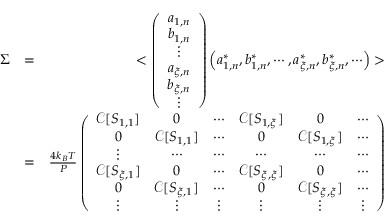
\begin{array} { r l r } { \Sigma } & { = } & { < \left( \begin{array} { c } { a _ { 1 , n } } \\ { b _ { 1 , n } } \\ { \vdots } \\ { a _ { \xi , n } } \\ { b _ { \xi , n } } \\ { \vdots } \end{array} \right) \left( a _ { 1 , n } ^ { * } , b _ { 1 , n } ^ { * } , \cdots , a _ { \xi , n } ^ { * } , b _ { \xi , n } ^ { * } , \cdots \right) > } \\ & { = } & { \frac { 4 k _ { B } T } { P } \left( \begin{array} { c c c c c c } { \mathscr { C } [ S _ { 1 , 1 } ] } & { 0 } & { \cdots } & { \mathscr { C } [ S _ { 1 , \xi } ] } & { 0 } & { \cdots } \\ { 0 } & { \mathscr { C } [ S _ { 1 , 1 } ] } & { \cdots } & { 0 } & { \mathscr { C } [ S _ { 1 , \xi } ] } & { \cdots } \\ { \vdots } & { \cdots } & { \cdots } & { \cdots } & { \cdots } & { \cdots } \\ { \mathscr { C } [ S _ { \xi , 1 } ] } & { 0 } & { \cdots } & { \mathscr { C } [ S _ { \xi , \xi } ] } & { 0 } & { \cdots } \\ { 0 } & { \mathscr { C } [ S _ { \xi , 1 } ] } & { \cdots } & { 0 } & { \mathscr { C } [ S _ { \xi , \xi } ] } & { \cdots } \\ { \vdots } & { \vdots } & { \vdots } & { \vdots } & { \vdots } & { \vdots } \end{array} \right) } \end{array}